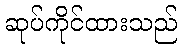
ဆုပ်ကိုင်ထားသည်